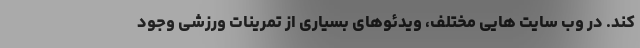
کند. در وب سایت هایی مختلف، ویدئوهای بسیاری از تمرینات ورزشی وجود